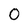
Character: 0